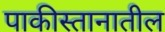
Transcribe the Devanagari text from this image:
पाकीस्तानातील